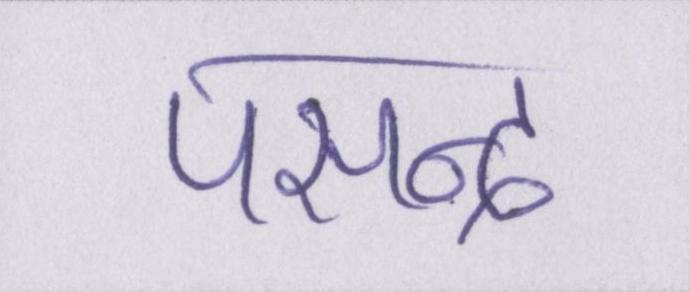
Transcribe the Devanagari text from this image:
पसन्द